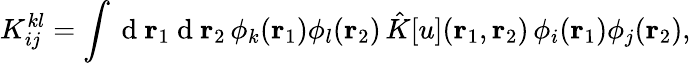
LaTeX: {K}_{ij}^{kl}=\int\mathrm{~d~}{\mathbf{r}_{1}}\mathrm{~d~}{\mathbf{r}_{2}}\, \phi_{k}({\mathbf{r}_{1}})\phi_{l}({\mathbf{r}_{2}})\, \hat{K}[u]({\mathbf{r}_{1}},{\mathbf{r}_{2}})\, \phi_{i}({\mathbf{r}_{1}})\phi_{j}({\mathbf{r}_{2}}),